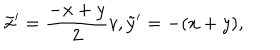
LaTeX: \tilde { x } ^ { \prime } = \frac { - x + y } { 2 } v , \tilde { y } ^ { \prime } = - ( x + y ) ,